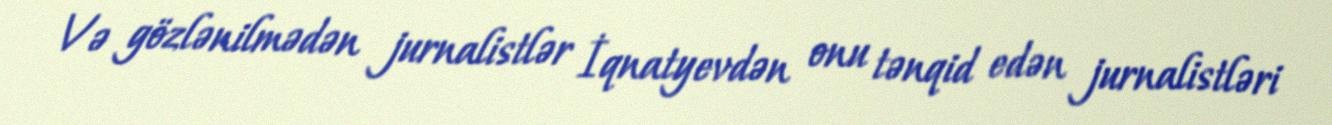
Və gözlənilmədən jurnalistlər İqnatyevdən onu tənqid edən jurnalistləri